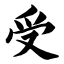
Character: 受